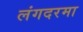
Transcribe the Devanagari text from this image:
लंगदरमा